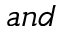
a n d